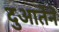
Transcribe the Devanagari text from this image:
दुआर्तेने